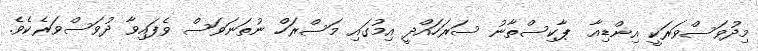
މިދުވަސްވަރަކީ އިންޑިއާ  ޕާކިސްތާނު ސަރަހައްދީ އިމުގައި މަސްރަހް ނުތަނަވަސް ވެފައިވާ ދުވަސްވަރެކެވެ.